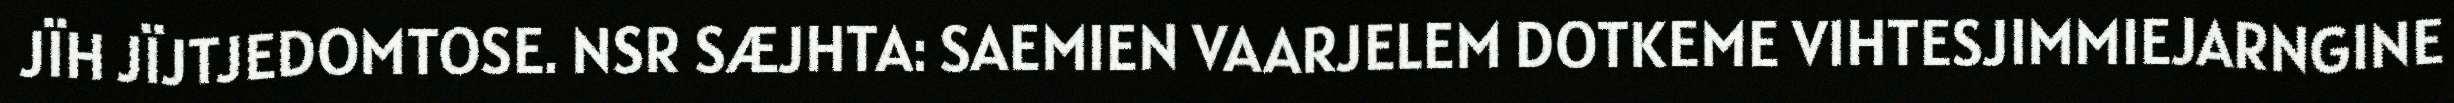
JÏH JÏJTJEDOMTOSE. NSR SÆJHTA: SAEMIEN VAARJELEM DOTKEME VIHTESJIMMIEJARNGINE